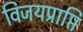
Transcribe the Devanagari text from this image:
विजयप्राप्ति